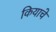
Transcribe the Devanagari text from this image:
कियाचे